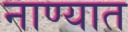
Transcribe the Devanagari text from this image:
नाण्यात